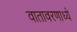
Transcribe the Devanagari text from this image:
वातावरणाध्ये